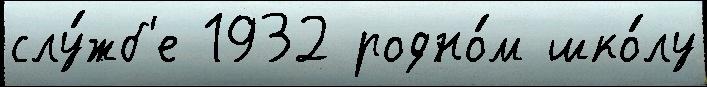
слу́жб'е 1932 родно́м шко́лу